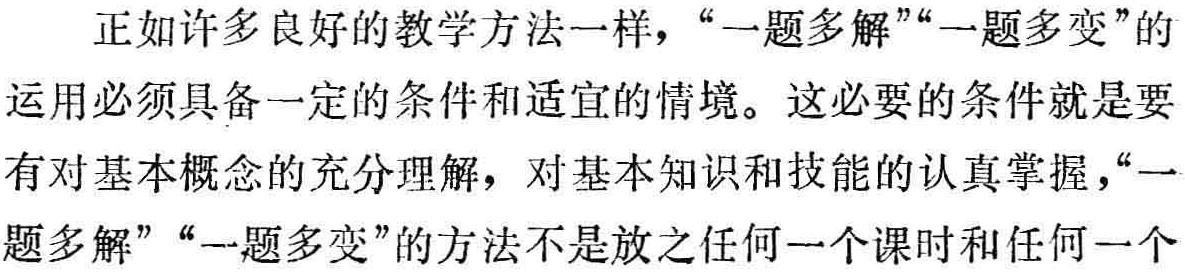
正如许多良好的教学方法一样，“一题多解”“一题多变”的

运用必须具备一定的条件和适宜的情境。这必要的条件就是要

有对基本概念的充分理解，对基本知识和技能的认真掌握，“一

题多解”“一题多变”的方法不是放之任何一个课时和任何一个